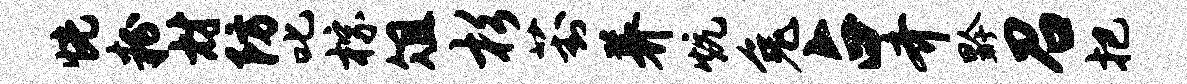
恍粉材防叱棕俎杉葑养炕兔占齐黔召把